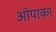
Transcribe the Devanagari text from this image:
ओपाका